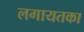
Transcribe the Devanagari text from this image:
लगायतका